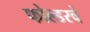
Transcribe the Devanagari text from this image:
फोल्डरचे